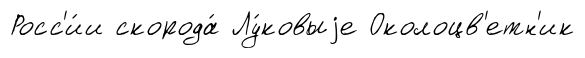
Росс'и́и скорода́ Лу́ковыjе Околоцв'етн'ик